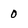
Character: 0